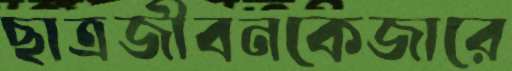
ছাত্রজীবনকেজারে